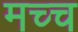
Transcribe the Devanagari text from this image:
मच्च